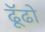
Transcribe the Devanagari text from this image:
ढूॅढो